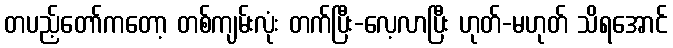
တပည့်တော်ကတော့ တစ်ကျမ်းလုံး တက်ပြီး-လေ့လာပြီး ဟုတ်-မဟုတ် သိရအောင်